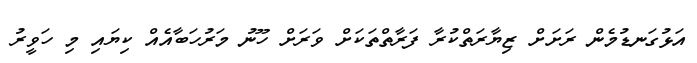
އަޅުގަނޑުމެން ރަށަށް ޒިޔާރަތްކުރާ ފަރާތްތަކަށް ވަރަށް ހޫނު މަރުހަބާއެއް ކިޔައި މި ހަވީރު